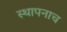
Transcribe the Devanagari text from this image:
स्थापनाच